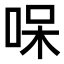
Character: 𠳳